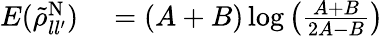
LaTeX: \begin{array}{rl}{E(\tilde{\rho}_{ll^{\prime}}^{\mathrm{N}})}&{{}=(A+B)\log\left(\frac{A+B}{2A-B}\right)}\end{array}